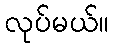
လုပ်မယ်။